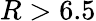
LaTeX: R>6.5